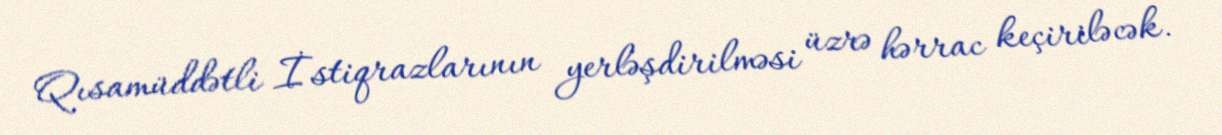
Qısamüddətli İstiqrazlarının yerləşdirilməsi üzrə hərrac keçiriləcək.